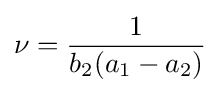
\nu ={\frac {1}{b_{2}(a_{1}-a_{2})}}